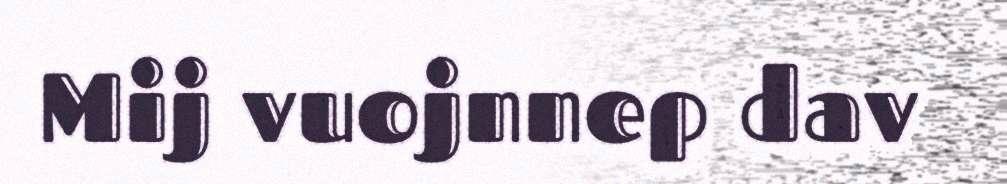
Mij vuojnnep dav